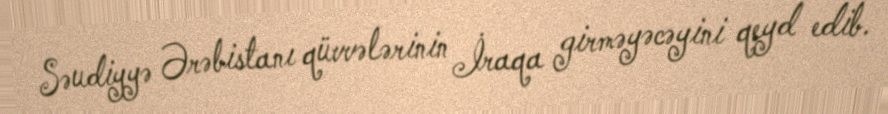
Səudiyyə Ərəbistanı qüvvələrinin İraqa girməyəcəyini qeyd edib.